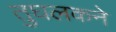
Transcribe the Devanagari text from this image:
तुघलकने